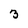
Character: 3